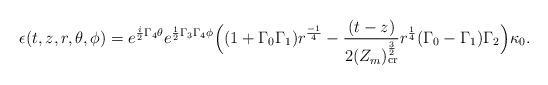
LaTeX: \begin{align*}\epsilon(t,z,r,\theta, \phi)= e^{{\frac{i}{2}}\Gamma_4\theta} e^{{\frac{1}{2}}\Gamma_3\Gamma_4\phi}\Big((1+\Gamma_0\Gamma_1)r^{\frac{-1}{4}}-{\frac{(t-z)}{2(Z_m ) _{{\rm cr}}^{\frac{3}{2}}}}r^{\frac{1}{4}}(\Gamma_0-\Gamma_1)\Gamma_2\Big)\kappa_0.\end{align*}